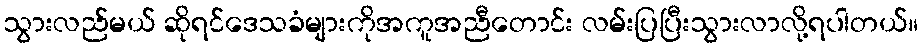
သွားလည်မယ် ဆိုရင်ဒေသခံများကိုအကူအညီတောင်း လမ်းပြပြီးသွားလာလို့ရပါတယ်။